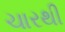
ચારથી